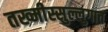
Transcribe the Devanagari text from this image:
तख्मीस्सुल्लुगात